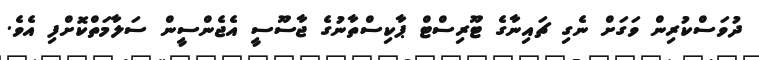
ދުވަސްކުރިން ވަަގަށް ނެގި ޗައިނާގެ ޓޫރިސްޓް ޕާކިސްތާނުގެ ޖާސޫސީ އެޖެންސީން ސަލާމަތްކޮށްފި އެވެ.